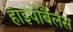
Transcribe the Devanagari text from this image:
हाइपोबैलस